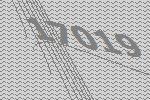
17019